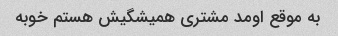
به موقع اومد مشتری همیشگیش هستم خوبه